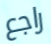
راجع